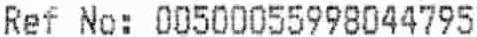
REF NO: 00500055998044795